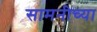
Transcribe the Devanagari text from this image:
सामनीच्या